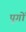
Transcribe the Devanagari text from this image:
पूगों